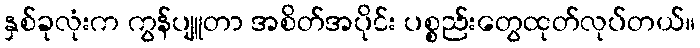
နှစ်ခုလုံးက ကွန်ပျူတာ အစိတ်အပိုင်း ပစ္စည်းတွေထုတ်လုပ်တယ်။